Jaan_Tonisson_(Lasteleht), lk 161
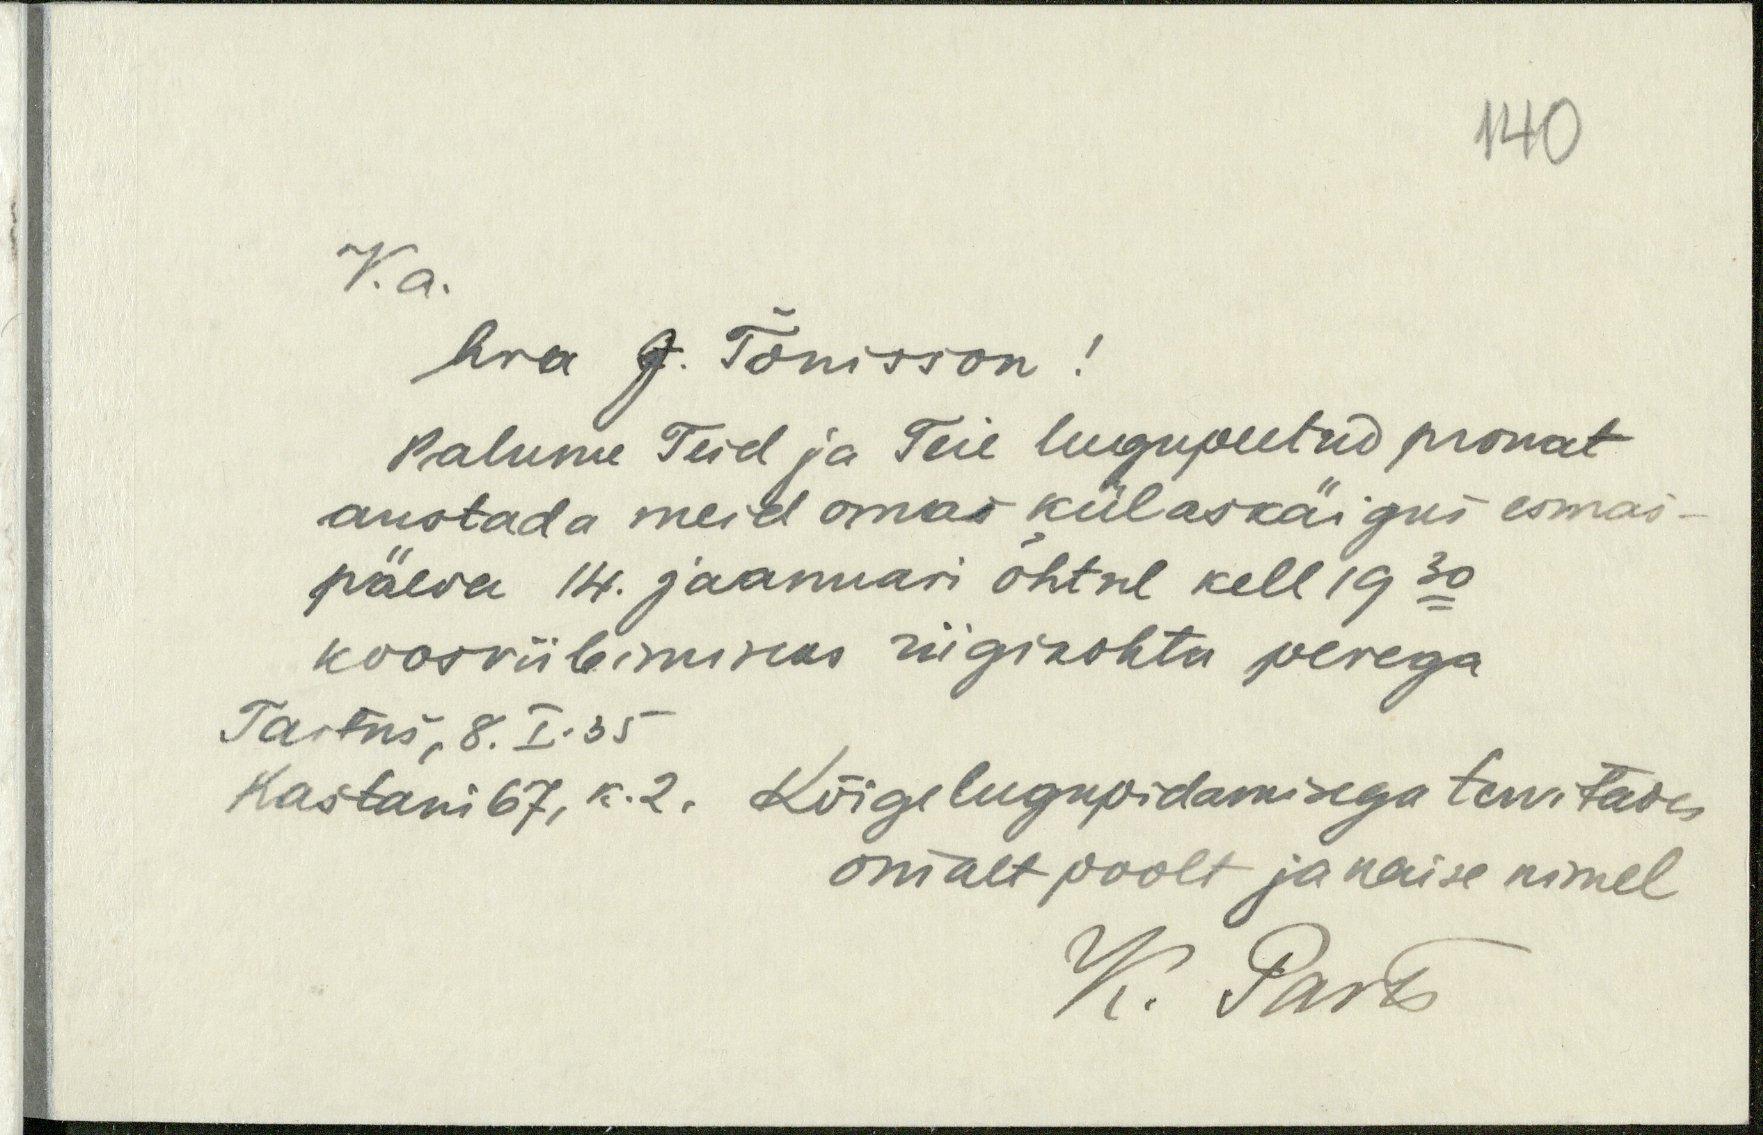
140
V.a.
hra J. Tõnisson!
Palunu Teid ja Teie lugupeetud prouat
austada meid omas külaskäigus esmas-
päeva 14. jaanuari õhtul kell 19.30
koosviibimiseks riigikohtu perega
Tartus 8. I.35
Kastani 67, k. 2. Kõige lugupidamisega tervitades
omalt poolt ja naise nimel
K. Parts